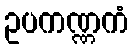
ဥပကဏ္ဏကံ